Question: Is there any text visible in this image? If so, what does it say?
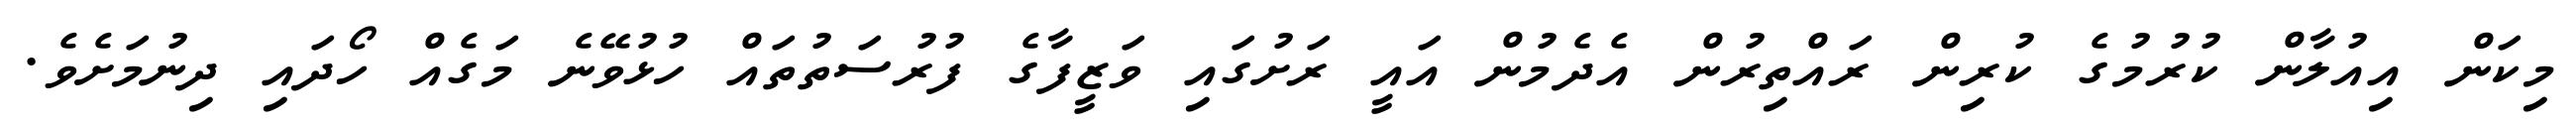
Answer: މިކަން އިއުލާން ކުރުމުގެ ކުރިން ރައްތިރުން އެދެމުން އައީ ރަށުގައި ވަޒީފާގެ ފުރުސަތުތައް ހުޅުވޭނެ މަގެއް ހޯދައި ދިނުމަށެވެ.